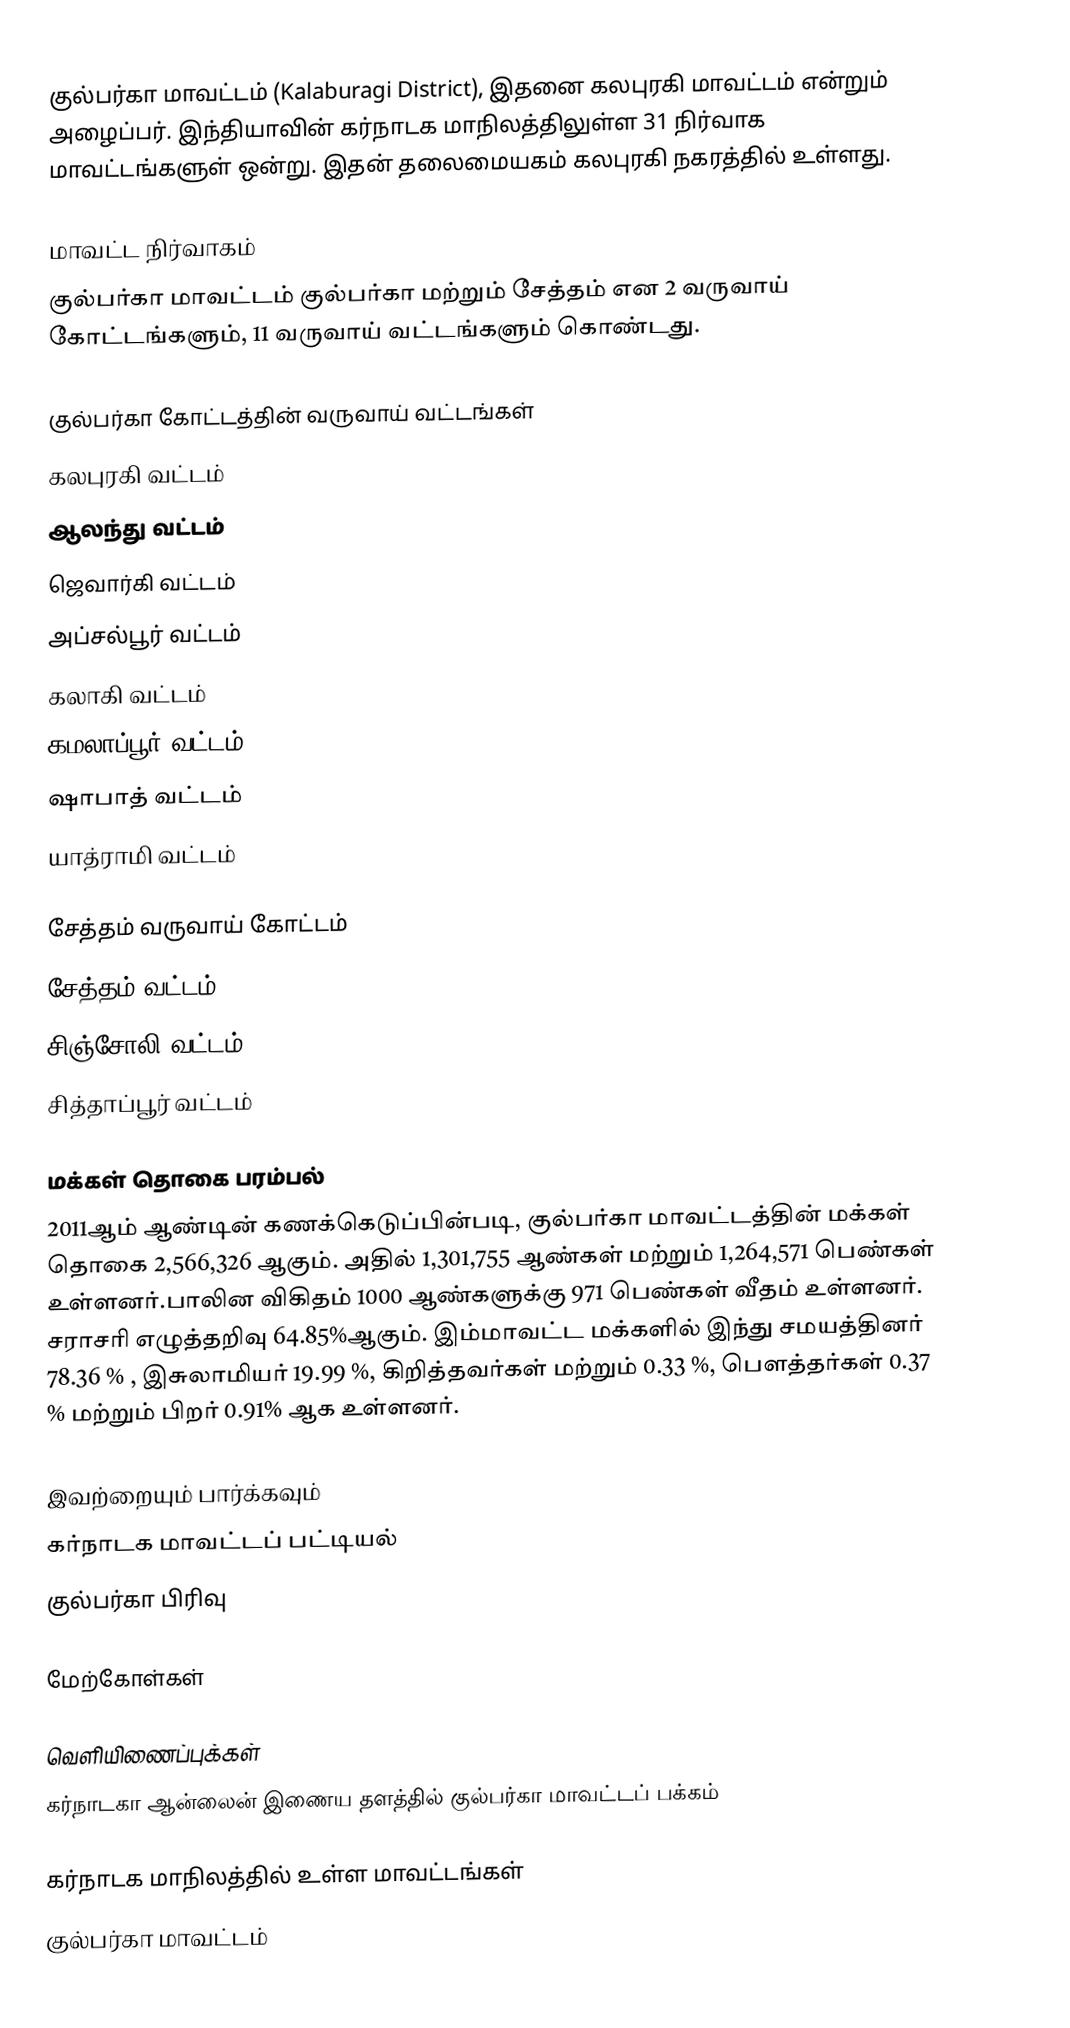
குல்பர்கா மாவட்டம் (Kalaburagi District), இதனை கலபுரகி மாவட்டம் என்றும் அழைப்பர். இந்தியாவின் கர்நாடக மாநிலத்திலுள்ள 31 நிர்வாக மாவட்டங்களுள் ஒன்று. இதன் தலைமையகம் கலபுரகி  நகரத்தில் உள்ளது.

மாவட்ட நிர்வாகம்
குல்பர்கா மாவட்டம் குல்பர்கா மற்றும் சேத்தம் என 2 வருவாய் கோட்டங்களும், 11 வருவாய் வட்டங்களும் கொண்டது.

குல்பர்கா கோட்டத்தின் வருவாய் வட்டங்கள்
 கலபுரகி வட்டம்
 ஆலந்து வட்டம்
 ஜெவார்கி வட்டம்
 அப்சல்பூர் வட்டம்
 கலாகி வட்டம்
 கமலாப்பூர் வட்டம்
 ஷாபாத் வட்டம்
 யாத்ராமி வட்டம்

சேத்தம் வருவாய் கோட்டம்
 சேத்தம் வட்டம்
 சிஞ்சோலி வட்டம்
 சித்தாப்பூர் வட்டம்

மக்கள் தொகை பரம்பல்
2011ஆம் ஆண்டின் கணக்கெடுப்பின்படி,  குல்பர்கா மாவட்டத்தின் மக்கள் தொகை 2,566,326  ஆகும். அதில் 1,301,755  ஆண்கள் மற்றும் 1,264,571 பெண்கள் உள்ளனர்.பாலின விகிதம் 1000 ஆண்களுக்கு 971 பெண்கள் வீதம் உள்ளனர். சராசரி எழுத்தறிவு  64.85%ஆகும். இம்மாவட்ட மக்களில் இந்து சமயத்தினர் 78.36 % , இசுலாமியர் 19.99 %, கிறித்தவர்கள் மற்றும் 0.33 %, பௌத்தர்கள் 0.37 % மற்றும் பிறர் 0.91% ஆக உள்ளனர்.

இவற்றையும் பார்க்கவும்
கர்நாடக மாவட்டப் பட்டியல்
 குல்பர்கா பிரிவு

மேற்கோள்கள்

வெளியிணைப்புக்கள்
 கர்நாடகா ஆன்லைன் இணைய தளத்தில் குல்பர்கா மாவட்டப் பக்கம்

கர்நாடக மாநிலத்தில் உள்ள மாவட்டங்கள்
குல்பர்கா மாவட்டம்